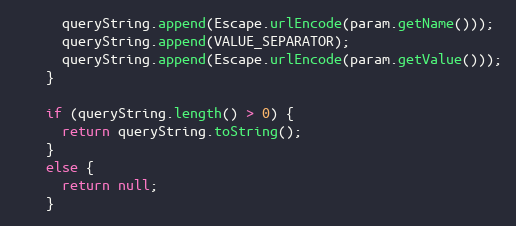
Language: Java
      queryString.append(Escape.urlEncode(param.getName()));
      queryString.append(VALUE_SEPARATOR);
      queryString.append(Escape.urlEncode(param.getValue()));
    }

    if (queryString.length() > 0) {
      return queryString.toString();
    }
    else {
      return null;
    }